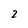
Character: 2